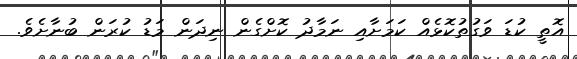
އޮތީ ކުޑަ ވަގުތުކޮޅެއް ކަމަށާއި ނަމާދު ކޮށްގެން ނިދަން މަޑު ކުރަން ބުނާށެވެ.